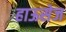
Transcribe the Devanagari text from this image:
हाऊसेज